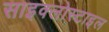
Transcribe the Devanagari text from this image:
साइक्लोस्टाइल